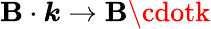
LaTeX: \boldsymbol{\mathbf{B}}\cdot\boldsymbol{k}\rightarrow\mathbf{B}\cdotk